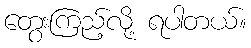
တွေးကြည့်လို့ ရပါတယ်။